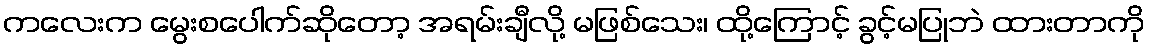
ကလေးက မွေးစပေါက်ဆိုတော့ အရမ်းချီလို့ မဖြစ်သေး၊ ထို့ကြောင့် ခွင့်မပြုဘဲ ထားတာကို